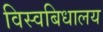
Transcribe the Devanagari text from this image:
विस्वबिधालय